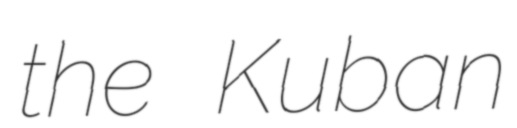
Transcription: the Kuban